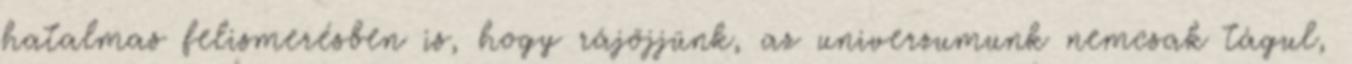
hatalmas felismerésben is, hogy rájöjjünk, az univerzumunk nemcsak tágul,